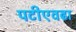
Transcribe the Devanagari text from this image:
पटीएवढा